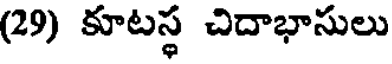
(29) కూటస్థ చిదాభాసులు